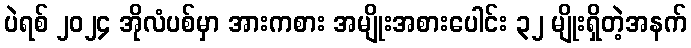
ပဲရစ် ၂၀၂၄ အိုလံပစ်မှာ အားကစား အမျိုးအစားပေါင်း ၃၂ မျိုးရှိတဲ့အနက်